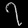
Digit: ၇